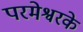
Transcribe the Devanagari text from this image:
परमेश्वरके